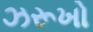
ઝરૂખો